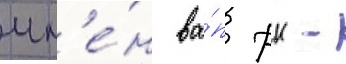
чл'е́н ва́п рк -